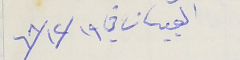
القبيات في ١٩ /١٢/ ٦٨